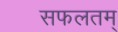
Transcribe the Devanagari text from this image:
सफलतम्